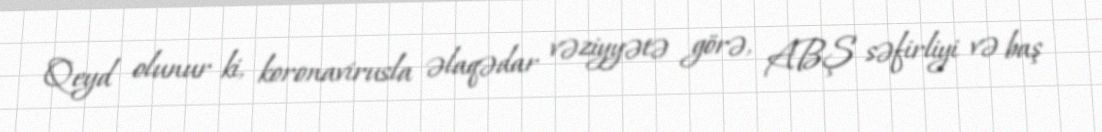
Qeyd olunur ki, koronavirusla əlaqədar vəziyyətə görə, ABŞ səfirliyi və baş